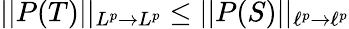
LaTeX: ||P(T)||_{L^{p}\to L^{p}}\leq||P(S)||_{\ell^{p}\to\ell^{p}}